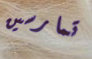
تمارسين